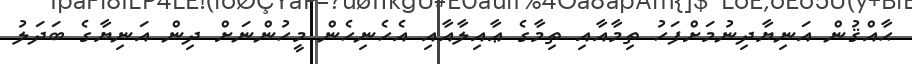
ޙާއްޤުން އަނިޔާދިނުމަށްފަހު ތިމާއާއި ތިމާގެ ޢާއިލާއާއި އެހެނިހެން މީހުންނަށް ދިން އަނިޔާގެ ބަދަލު